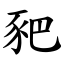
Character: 豝